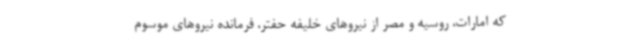
که امارات، روسیه و مصر از نیروهای خلیفه حفتر، فرمانده نیروهای موسوم